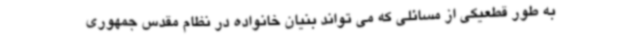
به طور قطعیکی از مسائلی که می تواند بنیان خانواده در نظام مقدس جمهوری